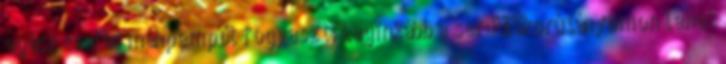
egész család méhpempőt fogyaszt. Leginkább a serdülőkorú lányomon lehet